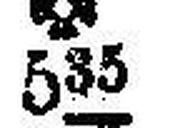
### 535